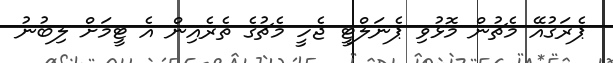
ޕެރަގުއޭ މެޗުން މޮޅުވި ޕެނަލްޓީ ޖެހީ މެޗުގެ ތެރެއިން އެ ޓީމަށް ލިބުނު